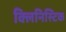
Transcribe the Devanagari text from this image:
क्लिनिस्टिक